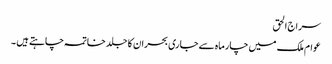
سراج الحق
عوام ملک میں چارماہ سے جاری بحران کا جلد خاتمہ چاہتے ہیں ۔